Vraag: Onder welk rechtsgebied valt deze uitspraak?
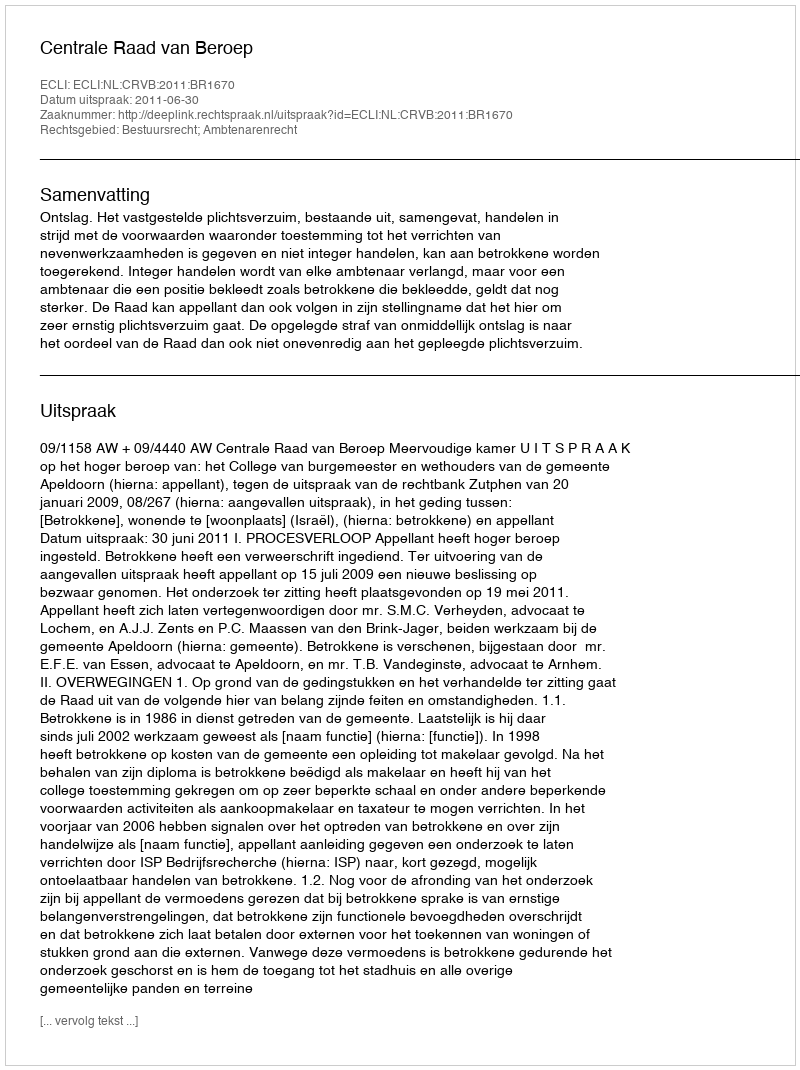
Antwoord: Bestuursrecht; Ambtenarenrecht